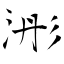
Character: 浵